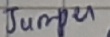
Text: Jumper